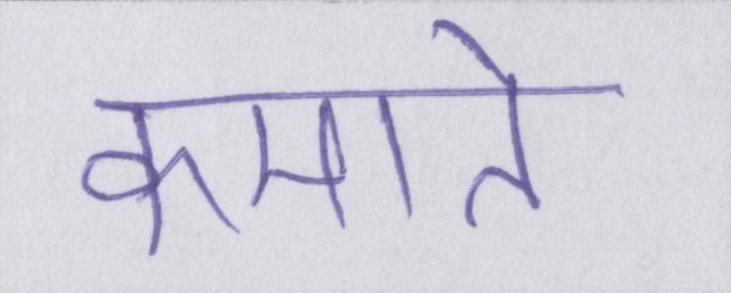
कमाते